Scottish Leaving Certificate Examination, 1960
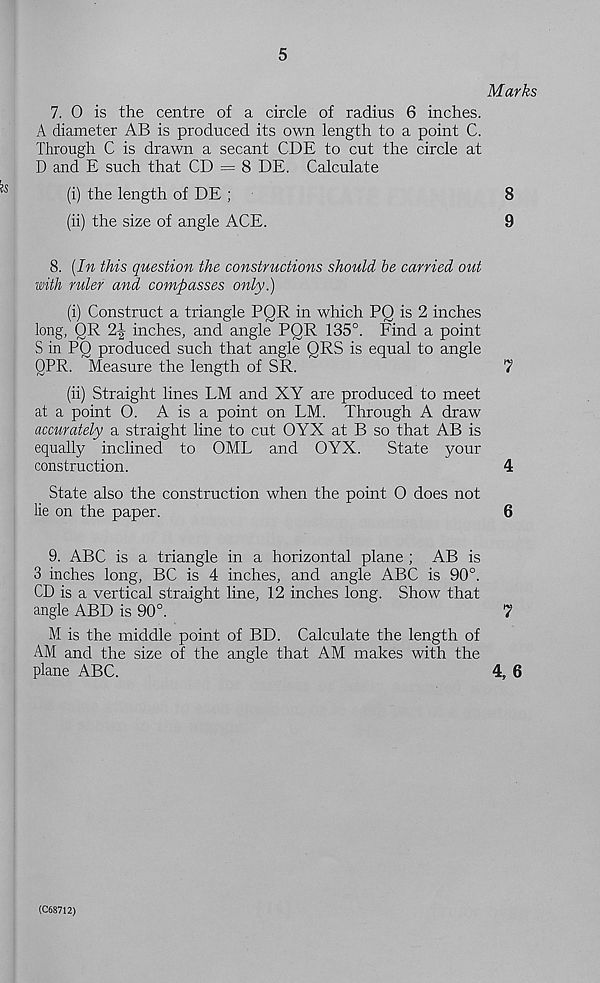
5
Marks
7. 0 is the centre of a circle of radius 6 inches.
A diameter AB is produced its own length to a point C.
Through C is drawn a secant CDE to cut the circle at
D and E such that CD = 8 DE. Calculate
(i) the length of DE ;
(ii) the size of angle ACE.
8
9
8. [In this question the constructions should be carried out
with ruler and compasses only.)
(i) Construct a triangle PQR in which PQ is 2 inches
long, OR 2J inches, and angle PQR 135°. Find a point
S in PQ produced such that angle QRS is equal to angle
QPR. Measure the length of SR.
(ii) Straight lines LM and XY are produced to meet
at a point O. A is a point on LM. Through A draw
accurately a straight line to cut OYX at B so that AB is
equally inclined to OML and OYX.
State your
construction.
State also the construction when the point O does not
lie on the paper.
9. ABC is a triangle in a horizontal plane ; AB is
3 inches long, BC is 4 inches, and angle ABC is 90°.
CD is a vertical straight line, 12 inches long. Show that
angle ABD is 90°.
M is the middle point of BD. Calculate the length of
AM and the size of the angle that AM makes with the
plane ABC.
4,6
(C68712)